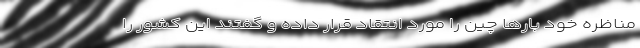
مناظره خود بارها چین را مورد انتقاد قرار داده و گفتند این کشور را